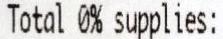
TOTAL 0% SUPPLIES: